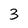
Character: 3